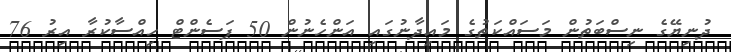
ދުނިޔޭގެ ނިސްބަތުން މަސައްކަތުގެ މައިދާނުގައި އަންހެނުން 50 ޕަސެންޓް ހިއްސާކުރާ އިރު 76